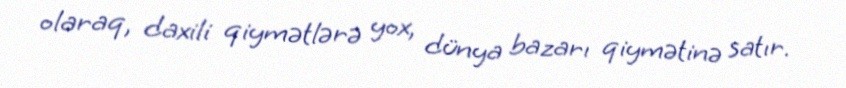
olaraq, daxili qiymətlərə yox, dünya bazarı qiymətinə satır.